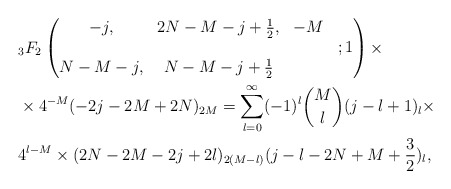
\begin{align*} &{}_3F_{2} \begin{pmatrix} -j, &2N-M-j+\frac{1}{2},& -M \\ & & & ; 1 \\ N-M-j, & N-M-j+\frac{1}{2} & & \\ \end{pmatrix} \times \\ &\times 4^{-M}(-2j-2M+2N)_{2M} =\sum_{l=0}^\infty(-1)^{l}{M\choose l}(j-l+1)_l\times\\ &4^{l-M}\times (2N-2M-2j+2l)_{2(M-l)}(j-l-2N+M+\frac{3}{2})_{l}, \end{align*}